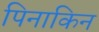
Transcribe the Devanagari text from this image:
पिनाकिन